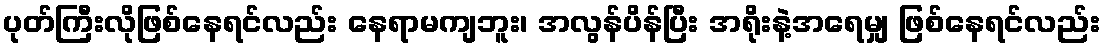
ပုတ်ကြီးလိုဖြစ်နေရင်လည်း နေရာမကျဘူး၊ အလွန်ပိန်ပြီး အရိုးနဲ့အရေမျှ ဖြစ်နေရင်လည်း